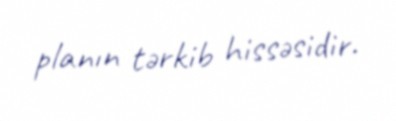
planın tərkib hissəsidir.